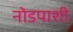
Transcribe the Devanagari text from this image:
नोडपाशी